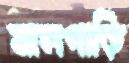
মালগাড়ি